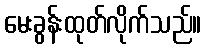
မေးခွန်းထုတ်လိုက်သည်။